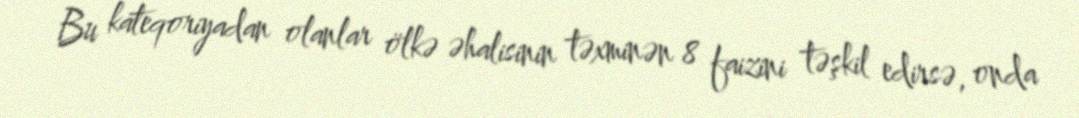
Bu kateqoriyadan olanlar ölkə əhalisinin təxminən 8 faizini təşkil edirsə, onda